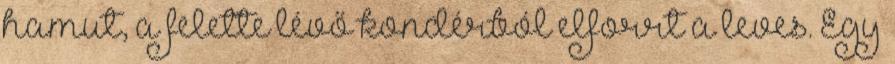
hamut, a felette lévő kondérból elforrt a leves. Egy